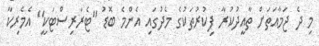
މި ދެ ޖަމާއަތަށް ތާއީދުކުރާ ފިކުރުތަކުގެ މެދުގައި އެންމެ ބޮޑު "ޓެރަރިސްޓަކީ" އެމެރިކާ